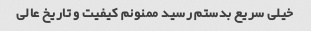
خیلی سریع بدستم رسید ممنونم کیفیت و تاریخ عالی